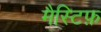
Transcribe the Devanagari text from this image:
मैस्टिफ़